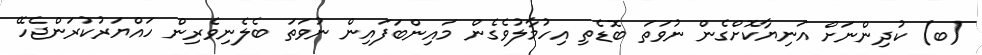
(ބ) ކުދިންނަށް އަނިޔާކޮށްގެން ނުވަތަ ބޮޑެތި އިހުމާލުވެގެން މައިންބަފައިން ނުވަތަ ބެލެނިވެރިން ހައްޔަރުކުރަންޖެހޭ